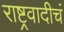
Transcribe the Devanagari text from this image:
राष्ट्रवादीचं